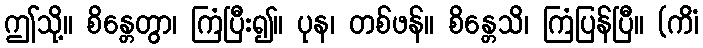
ဤသို့။ စိန္တေတွာ၊ ကြံပြီး၍။ ပုန၊ တစ်ဖန်။ စိန္တေသိ၊ ကြံပြန်ပြီ။ (ကိံ၊